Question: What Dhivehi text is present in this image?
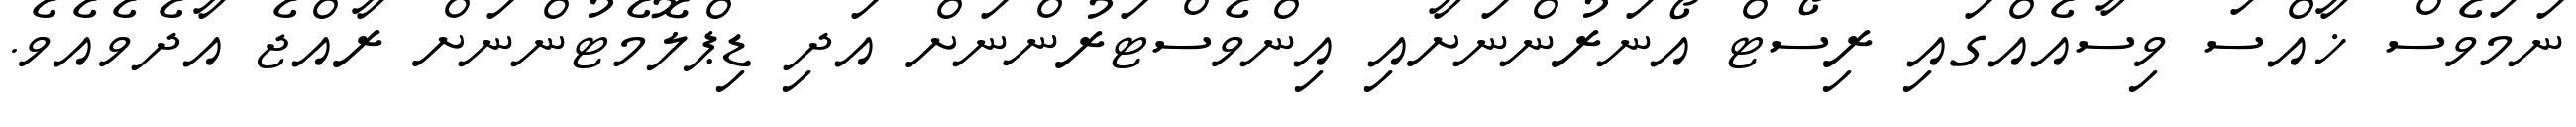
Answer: ނަމަވެސް ޚާއްސަ ވިސާއެއްގައި ރިސޯޓް އޯނަރުންނަށާއި އިންވެސްޓަރުންނަށް އަދި ޑިޕްލޮމެޓުންނަށް ރާއްޖެ އާދެވެއެވެ.